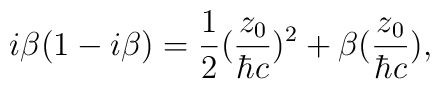
i{\beta}(1-i{\beta}) = \frac{1}{2} (\frac{z_0}{{\hbar}c})^2+ {\beta} (\frac{z_0}{{\hbar}c}),